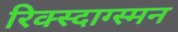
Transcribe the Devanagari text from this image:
रिक्स्दाग्स्मन